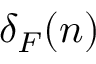
\delta _ { F } ( n )